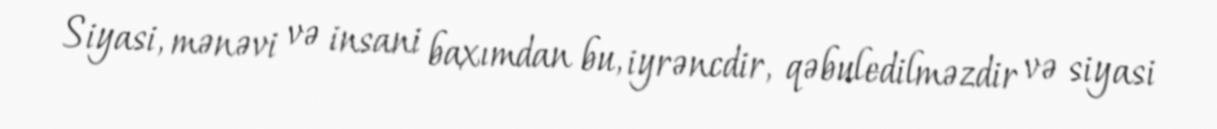
Siyasi, mənəvi və insani baxımdan bu, iyrəncdir, qəbuledilməzdir və siyasi